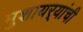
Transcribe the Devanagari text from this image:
मुशायर्‍यांची